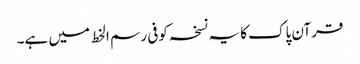
قرآن پاک کا یہ نسخہ کوفی رسم الخط میں ہے۔